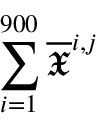
\sum _ { i = 1 } ^ { 9 0 0 } \overline { { \mathfrak { X } } } ^ { i , j }